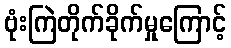
ဗုံးကြဲတိုက်ခိုက်မှုကြောင့်